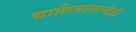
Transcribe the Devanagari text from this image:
कालिदासानेही